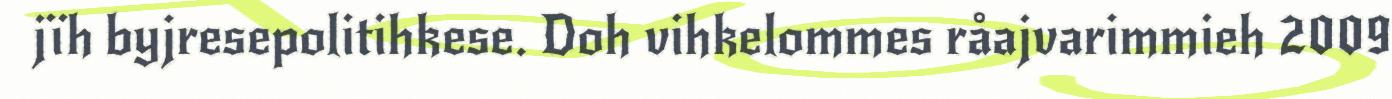
jïh byjresepolitihkese. Doh vihkelommes råajvarimmieh 2009